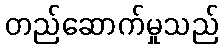
တည်ဆောက်မှုသည်